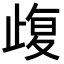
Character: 𣦇